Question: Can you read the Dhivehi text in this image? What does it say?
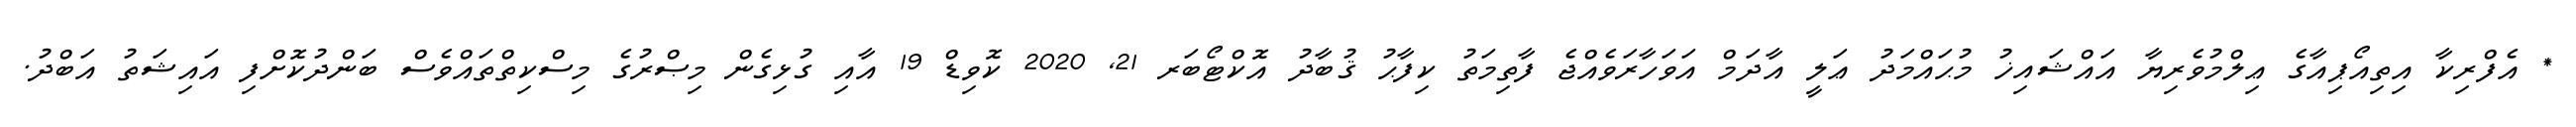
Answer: * އެފްރިކާ އިތިއޯޕިއާގެ ޢިލްމުވެރިޔާ އައްޝައިޚު މުޙައްމަދު ޢަލީ އާދަމް އަވަހާރަވެއްޖެ ފާތިމަތު ކިފާޙު ޤުބާދު އޮކްޓޯބަރ 21, 2020 ކޮވިޑް 19 އާއި ގުޅިގެން މިޞްރުގެ މިސްކިތްތައްވެސް ބަންދުކޮށްފި އައިޝަތު އަބްދު.